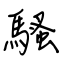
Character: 騷